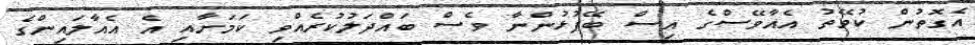
އެގޮތުން ކުވޭތު އެއާވޭސްގެ އިސް ބޭފުޅުންނާ ވެސް ބައްދަލުކުރެއްވި ކަމަށާއި އެ އެއާލައިންގެ